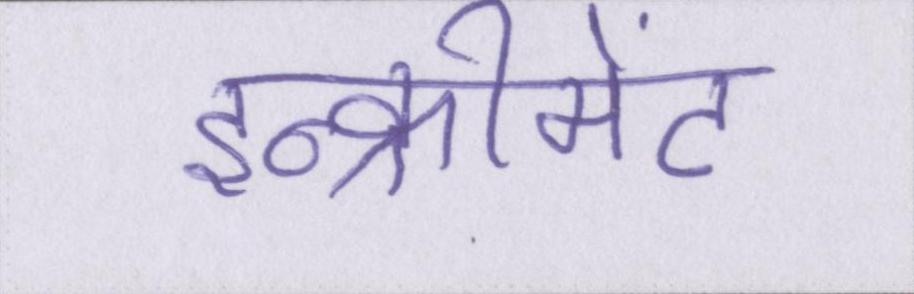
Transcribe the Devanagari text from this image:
इन्क्रीमेंट